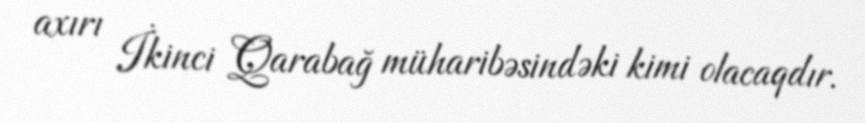
axırı İkinci Qarabağ müharibəsindəki kimi olacaqdır.